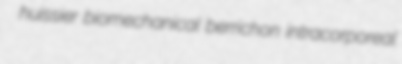
huissier biomechanical berrichon intracorporeal